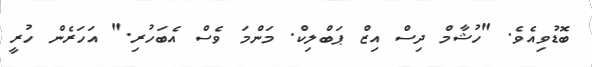
ބޮޑުވިއެވެ. "ހުޝާމް ދިސް އިޒް ޕަބްލިކް. މަންމަ ވެސް އެބަހުރި." އަހަރެން ހުރީ